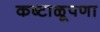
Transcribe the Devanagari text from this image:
कष्टाळूपणा